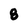
Character: 8